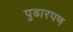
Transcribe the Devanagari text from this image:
पुढारपण